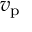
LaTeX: v _ { \mathrm { p } }